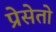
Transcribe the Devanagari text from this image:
प्रेसेतो